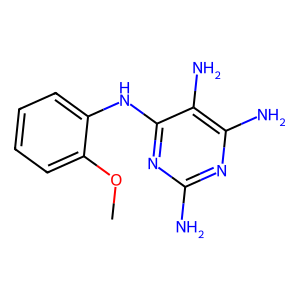
SMILES: COc1ccccc1Nc1nc(N)nc(N)c1N
Inhibits HIV replication: No